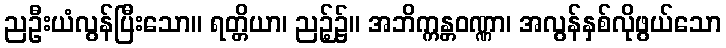
ညဦးယံလွန်ပြီးသော။ ရတ္တိယာ၊ ညဉ့်၌။ အဘိက္ကန္တဝဏ္ဏာ၊ အလွန်နှစ်လိုဖွယ်သော